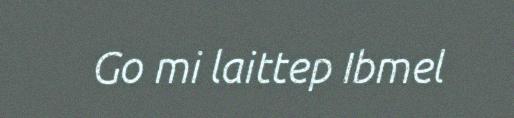
Go mi laittep Ibmel